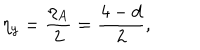
\eta _ { y } = \frac { \eta _ { A } } { 2 } = \frac { 4 - d } { 2 } ,